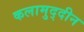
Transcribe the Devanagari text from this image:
कलामुद्दीन